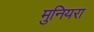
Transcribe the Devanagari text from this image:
मुनियरा